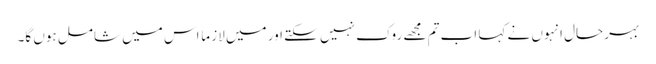
بہرحال انہوں نے کہا اب تم مجھے روک نہیں سکتے اور میں لازماً اس میں شامل ہوں گا۔